Proceedings of the meeting of veterinary officers in India
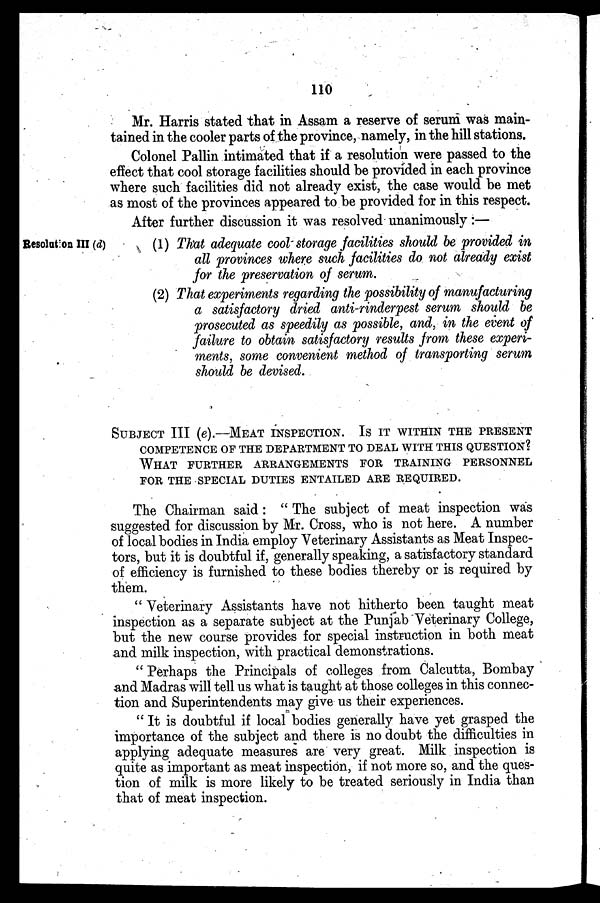
110
Mr. Harris stated that in Assam a reserve of serum was main-
tained in the cooler parts of the province, namely, in the hill stations.
Colonel Pallin intimated that if a resolution were passed to the
effect that cool storage facilities should be provided in each province
where such facilities did not already exist, the case would be met
as most of the provinces appeared to be provided for in this respect.
After further discussion it was resolved unanimously:—
Resolution III (d)
(1) That adequate cool storage facilities should be provided in
all provinces where such facilities do not already exist
for the preservation of serum.
(2) That experiments regarding the possibility of manufacturing
a satisfactory dried anti-rinderpest serum should be
prosecuted as speedily as possible, and, in the event of
failure to obtain satisfactory results from these experi-
ments, some convenient method of transporting serum
should be devised.
SUBJECT III (e).--MEAT INSPECTION. IS IT WITHIN THE PRESENT
COMPETENCE OF THE DEPARTMENT TO DEAL WITH THIS QUESTION?
WHAT FURTHER ARRANGEMENTS FOR TRAINING PERSONNEL
FOR THE SPECIAL DUTIES ENTAILED ARE REQUIRED.
The Chairman said: " The subject of meat inspection was
suggested for discussion by Mr. Cross, who is not here. A number
of local bodies in India employ Veterinary Assistants as Meat Inspec-
tors, but it is doubtful if, generally speaking, a satisfactory standard
of efficiency is furnished to these bodies thereby or is required by
them.
" Veterinary Assistants have not hitherto been taught meat
inspection as a separate subject at the Punjab Veterinary College,
but the new course provides for special instruction in both meat
and milk inspection, with practical demonstrations.
" Perhaps the Principals of colleges from Calcutta, Bombay
and Madras will tell us what is taught at those colleges in this connec-
tion and Superintendents may give us their experiences.
"It is doubtful if local bodies generally have yet grasped the
importance of the subject and there is no doubt the difficulties in
applying adequate measures are very great. Milk inspection is
quite as important as meat inspection, if not more so, and the ques-
tion of milk is more likely to be treated seriously in India than
that of meat inspection.